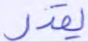
يقدر